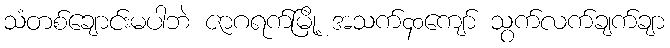
သံတစ်ချောင်းမပါဘဲ ဇာဂရက်မြို့ အသက်၄၀ကျော် သွက်လက်ချက်ချာ